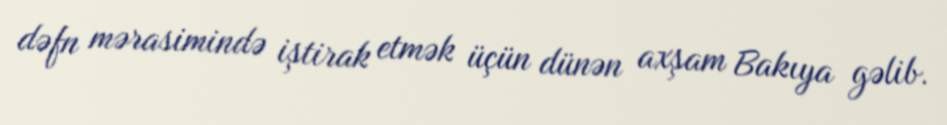
dəfn mərasimində iştirak etmək üçün dünən axşam Bakıya gəlib.